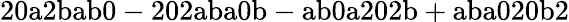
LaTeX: \mathrm{20a2bab0-202aba0b-ab0a202b+aba020b2}